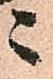
ニ